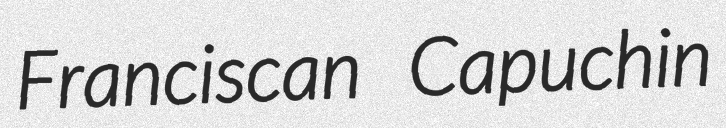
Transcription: Franciscan Capuchin